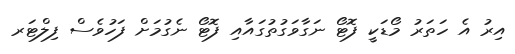
އިރު އެ ހަތަރު މޯޑަކީ ފޮޓޯ ނަގާވަގުތުގައާއި ފޮޓޯ ނެގުމަށް ފަހުވެސް ފިލްޓަރ